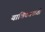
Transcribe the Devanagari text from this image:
याचिकाकर्ती